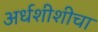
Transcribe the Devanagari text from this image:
अर्धशीशीचा